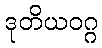
ဒုတိယဝဂ္ဂ